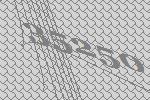
35250